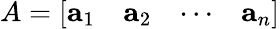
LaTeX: A=[{\begin{array}{cccc}{\mathbf{a}_{1}}&{\mathbf{a}_{2}}&{\cdots}&{\mathbf{a}_{n}}\end{array}}]